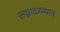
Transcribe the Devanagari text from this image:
लग्नादरम्यान